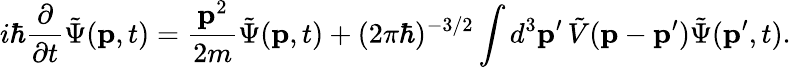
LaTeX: i\hbar{\frac{\partial}{\partial t}}{\tilde{\Psi}}(\mathbf{p},t)={\frac{\mathbf{p}^{2}}{2m}}{\tilde{\Psi}}(\mathbf{p},t)+(2\pi\hbar)^{-3/2}\int d^{3}\mathbf{p}^{\prime}\, {\tilde{V}}(\mathbf{p}-\mathbf{p}^{\prime}){\tilde{\Psi}}(\mathbf{p}^{\prime},t).